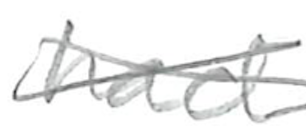
Text: had
Cross-out: cross
Writing tool: pencil